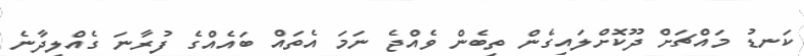
ކަނޑު މައްޗަށް ދޫކޮށްލައިގެން ތިބެން ވެއްޖެ ނަމަ އެތައް ބައެއްގެ ފުރާނަ ގެއްލިދާނެ